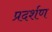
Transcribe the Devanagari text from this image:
प्रदर्शण